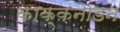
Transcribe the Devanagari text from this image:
काक्कनाडन